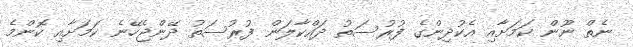
ނެތް ނޫން ކަމަށާއި އެކުދިންގެ ފުރުސަތު ދައްކާލަން ފުރުސަތު ދޭންޖެހޭނެ ކަމަށާއި ކޮންމެ